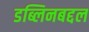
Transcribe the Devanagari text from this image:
डब्लिनबद्दल